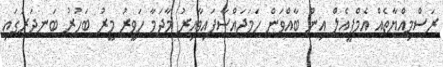
ރަސްމިއްޔާތެއް އެމްޕީއެލް އިން ބާއްވަން ހަމަޖައްސާފައިވާއިރު މާދަމާ ހަވީރު މީރު ބަހުރު ބަނދަރުގައި